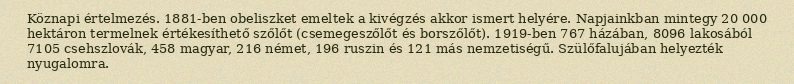
Köznapi értelmezés. 1881-ben obeliszket emeltek a kivégzés akkor ismert helyére. Napjainkban mintegy 20 000 hektáron termelnek értékesíthető szőlőt (csemegeszőlőt és borszőlőt). 1919-ben 767 házában, 8096 lakosából 7105 csehszlovák, 458 magyar, 216 német, 196 ruszin és 121 más nemzetiségű. Szülőfalujában helyezték nyugalomra.